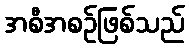
အစီအစဉ်ဖြစ်သည်